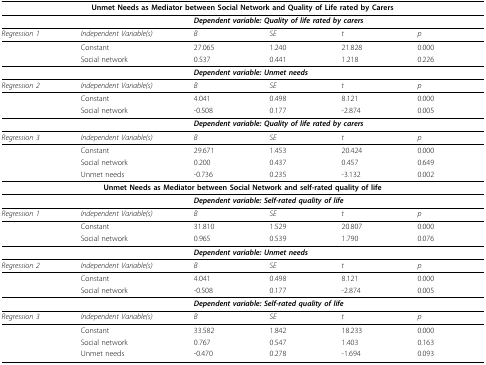
| <COLSPAN=6> Unmet Needs as Mediator between Social Network and Quality of Life rated by Carers |
 | --- | --- | --- | --- | --- | --- |
 |  |  | <COLSPAN=4> Dependent variable: Quality of life rated by carers |
 | Regression 1 | Independent Variable(s) | B | SE | t | p |
 |  | Constant | 27.065 | 1.240 | 21.828 | 0.000 |
 |  | Social network | 0.537 | 0.441 | 1.218 | 0.226 |
 |  |  | <COLSPAN=4> Dependent variable: Unmet needs |
 | Regression 2 | Independent Variable(s) | B | SE | t | p |
 |  | Constant | 4.041 | 0.498 | 8.121 | 0.000 |
 |  | Social network | -0.508 | 0.177 | -2.874 | 0.005 |
 |  |  | <COLSPAN=4> Dependent variable: Quality of life rated by carers |
 | Regression 3 | Independent Variable(s) | B | SE | t | p |
 |  | Constant | 29.671 | 1.453 | 20.424 | 0.000 |
 |  | Social network | 0.200 | 0.437 | 0.457 | 0.649 |
 |  | Unmet needs | -0.736 | 0.235 | -3.132 | 0.002 |
 | <COLSPAN=6> Unmet Needs as Mediator between Social Network and self-rated quality of life |
 |  |  | <COLSPAN=4> Dependent variable: Self-rated quality of life |
 | Regression 1 | Independent Variable(s) | B | SE | t | p |
 |  | Constant | 31.810 | 1.529 | 20.807 | 0.000 |
 |  | Social network | 0.965 | 0.539 | 1.790 | 0.076 |
 |  |  | <COLSPAN=4> Dependent variable: Unmet needs |
 | Regression 2 | Independent Variable(s) | B | SE | t | p |
 |  | Constant | 4.041 | 0.498 | 8.121 | 0.000 |
 |  | Social network | -0.508 | 0.177 | -2.874 | 0.005 |
 |  |  | <COLSPAN=4> Dependent variable: Self-rated quality of life |
 | Regression 3 | Independent Variable(s) | B | SE | t | p |
 |  | Constant | 33.582 | 1.842 | 18.233 | 0.000 |
 |  | Social network | 0.767 | 0.547 | 1.403 | 0.163 |
 |  | Unmet needs | -0.470 | 0.278 | -1.694 | 0.093 |